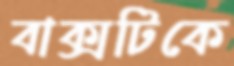
বাক্সটিকে